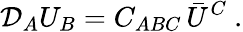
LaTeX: {\cal D}_{A}U_{B}=C_{ABC}\, \bar{U}^{C}\ .